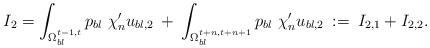
LaTeX: \begin{align*} I_2 = \int_{\Omega_{bl}^{t-1,t}} p_{bl} \chi'_n u_{bl,2} \: + \: \int_{\Omega_{bl}^{t+n,t+n+1}} p_{bl} \chi'_n u_{bl,2} \: := \: I_{2,1} + I_{2,2}. \end{align*}